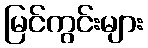
မြင်ကွင်းများ